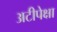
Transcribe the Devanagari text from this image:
अटीपेक्षा